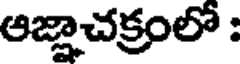
ఆజ్జాచక్రంలో :